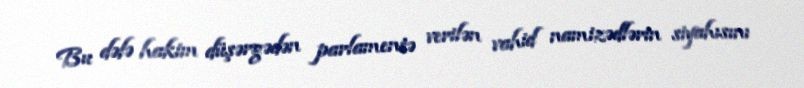
Bu dəfə hakim düşərgədən parlamentə verilən vahid namizədlərin siyahısını